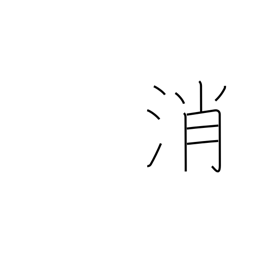
Meaning: neutralize